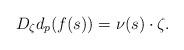
LaTeX: \begin{align*}D_{\zeta}d_{p}(f(s))=\nu(s)\cdot\zeta.\end{align*}